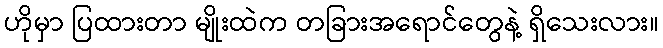
ဟိုမှာ ပြထားတာ မျိုးထဲက တခြားအရောင်တွေနဲ့ ရှိသေးလား။